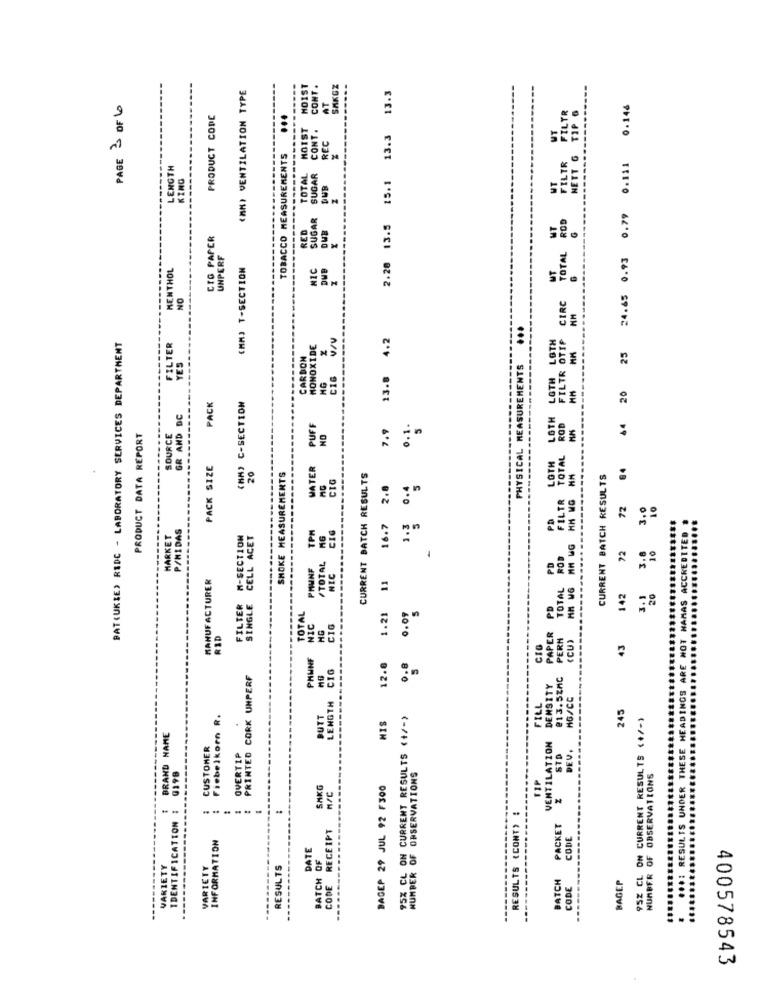
(MM) VENTILATION TYPE
HOIST
CONT .
SAKGZ
2.20 13.5 15.1 13.3 13.3
AT
PAGE 1 OF 1
TOTAL ROD FILTR FILTR
TIP 6
20 25 24.65 0.93 0.79 0.111 0.146
PRODUCT CODE
...
HOIST
CONT.
UT
REC
TOBACCO MEASUREMENTS
NETT G
LENGTH
TOTAL
KING
SUGAR
MT
RED
DUB
UT
CIO PAPER
UNPERF
MENTHOL
(MM) T-SECTION
NIC
UT
NO
CIRC
...
PAT(UKIE) RIDC - LABORATORY SERVICES DEPARTMENT
4.2
FILTR OTIF
FILTER
MONOXIDE
LOTH LOTH
CARDON
------------
YES
PHYSICAL MEASUREMENTS
C16
13.8
16
PACK
(MM) C-SECTION
GR AND DC
LOTH
TOTAL ROD
PUFF
7.9
0.1.
64
PRODUCT DATA REPORT
SOURCE
LOTH
PACK SIZE
20
MATER
SHOKE MEASUREMENTS
CIG
CURRENT BATCH RESULTS
CURRENT BATCH RESULTS
MG
16.7 2.8
FILTR
72
10
PD
3.
P/MIDAS
TPM
MG
CIG
INGS ARE NOT NAMAS ACCREDITED
MARKET
FILTER M-SECTION
CELL ACET
MN WG
-
ROD
...
72
3.8
/TOTAL
PD
PMUNF
MANUFACTURER
NIC
11
TOTAL
SINGLE
PD
142
20
TOTAL
'S
NIC
1.21
0.09
MG
CIG
RID
PAPER
PERN
CU)
CIO
43
PHUNF
12.0
CIG
PRINTED CORK UNPERF
DENSITY
@13.5ZAC
LENGTH
MG/CC
FILL
245
Fiebeikorn R.
BUTT
95% CL ON CURRENT RESULTS (+/-)
95Z CL ON CURRENT RESULTS (+/-)
HEAD
MIS
BRAND NAME
VENTILATION
CUSTOMER
DEV.
OVERTIP
STD
OBSERVATIONS
...: RESULTS UNDER THE
NUMBER OF OBSERVATIONS
AKG
BAGEP 29 JUL 92 F300
TIP
IDENTIFICATION 1
RESULTS (CONT) !
RECEIPT
PACKET
INFORMATION
CODE
DATE
NUMBER OF
VARIETY
VARIETY
RESULTS
BATCH OF
----
BATCH
BAGEP
------
CODE
CODE
-----
400578543